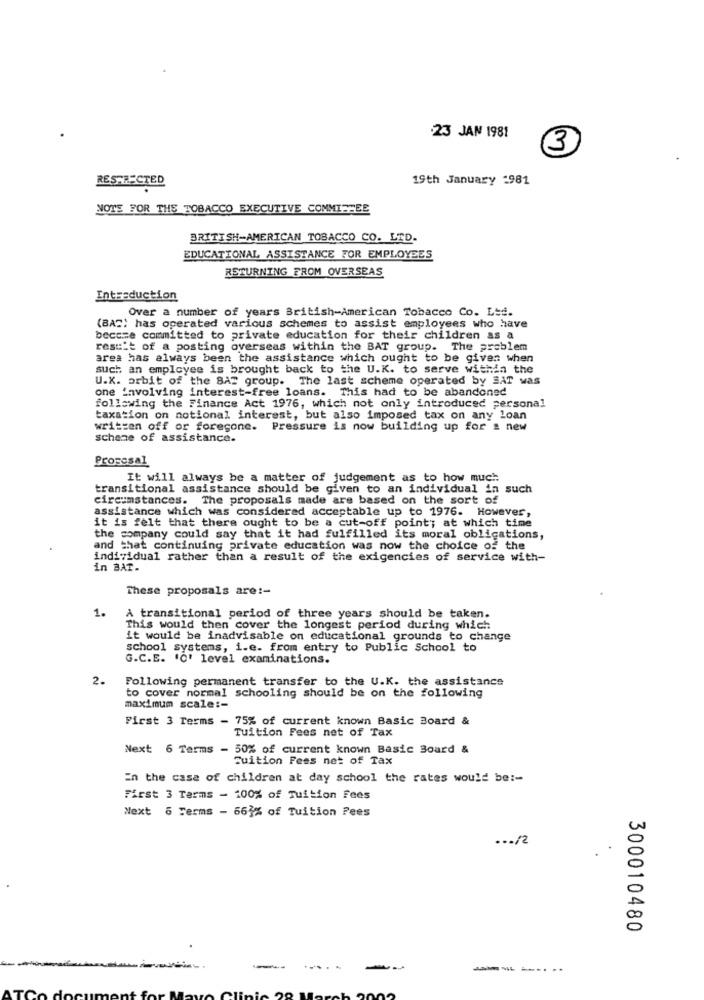
:23 JAN 1981
3
RES-RECTED
19th January 2981
NOTS FOR THE TOBACCO EXECUTIVE COMMITTEE
BRITISH-AMERICAN TOBACCO CO. LTD.
EDUCATIONAL ASSISTANCE FOR EMPLOYEES
RETURNING FROM OVERSEAS
Intraduction
Over a number of years British-American Tobacco Co. Ltd.
(BAS) has operated various schemes to assist employees who have
become committed to private education for their children as a
restit of a posting overseas within the BAT group. The problem
area has always been the assistance which ought to be given when
such an employee is brought back to the U.K. to serve within the
U.K. orbit of the BAT group. The last scheme operated by BAT was
one involving interest-free loans. This had to be abandoned
following the Finance Act 1976, which not only introduced personal
taxation on notional interest, but also imposed tax on any loan
written off or foregone. Pressure is now building up for a new
scheme of assistance.
Prosesal
It will always be a matter of judgement as to how much
transitional assistance should be given to an individual in such
circumstances. The proposals made are based on the sort of
assistance which was considered acceptable up to 1976. However,
it is felt that there ought to be a cut-off point; at which time
the company could say that it had fulfilled its moral obligations,
and that continuing private education was now the choice of the
individual rather than a result of the exigencies of service with-
in BAT.
These proposals are :-
1.
A transitional period of three years should be taken.
This would then cover the longest period during which
it would be inadvisable on educational grounds to change
school systems, i.e. from entry to Public School to
G.C.E. 'O' level examinations.
2.
Following permanent transfer to the U.K. the assistance
to cover normal schooling should be on the following
maximum scale :-
First 3 Terms - 75% of current known Basic Board &
Tuition Fees net of Tax
Next 6 Terms - 50% of current known Basic Board &
Tuition Fees net of Tax
En the case of children at day school the rates would be :-
First 3 Tarms - 100% of Tuition Fees
Next 6 Terms - 663% of Tuition Fees
... /2
.
300010480
- ---
-
----...
AT